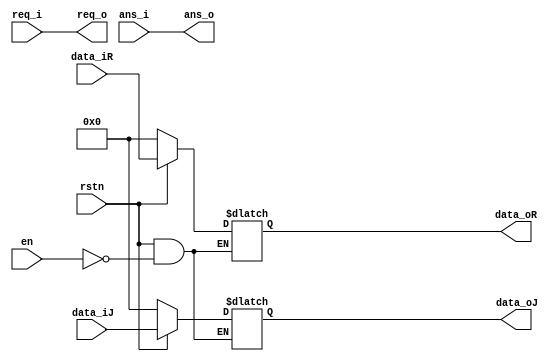
`timescale 1ns / 1ps
/*
function : control output(when to take input 

*/
module fft_output(
    input wire rstn,
    input wire req_i,
    input wire ans_i,
    input wire en,
    input wire [15:0] data_iR,
    input wire [15:0] data_iJ,
    output reg req_o,
    output reg ans_o,
    output reg [15:0] data_oR,
    output reg [15:0] data_oJ
    );
    always @(*) begin
        req_o = req_i;
        ans_o = ans_i;
        if(rstn == 1'b0) begin
            data_oR <= 16'h0000;
            data_oJ <= 16'h0000;
        end
        else if(en == 1'b1) begin
            data_oR <= data_iR;
            data_oJ <= data_iJ;
        end
    end
endmodule